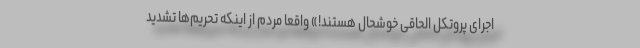
اجرای پروتکل الحاقی خوشحال هستند!» واقعا مردم از اینکه تحریم‌ها تشدید